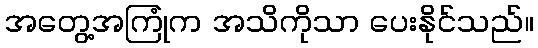
အတွေ့အကြုံက အသိကိုသာ ပေးနိုင်သည်။